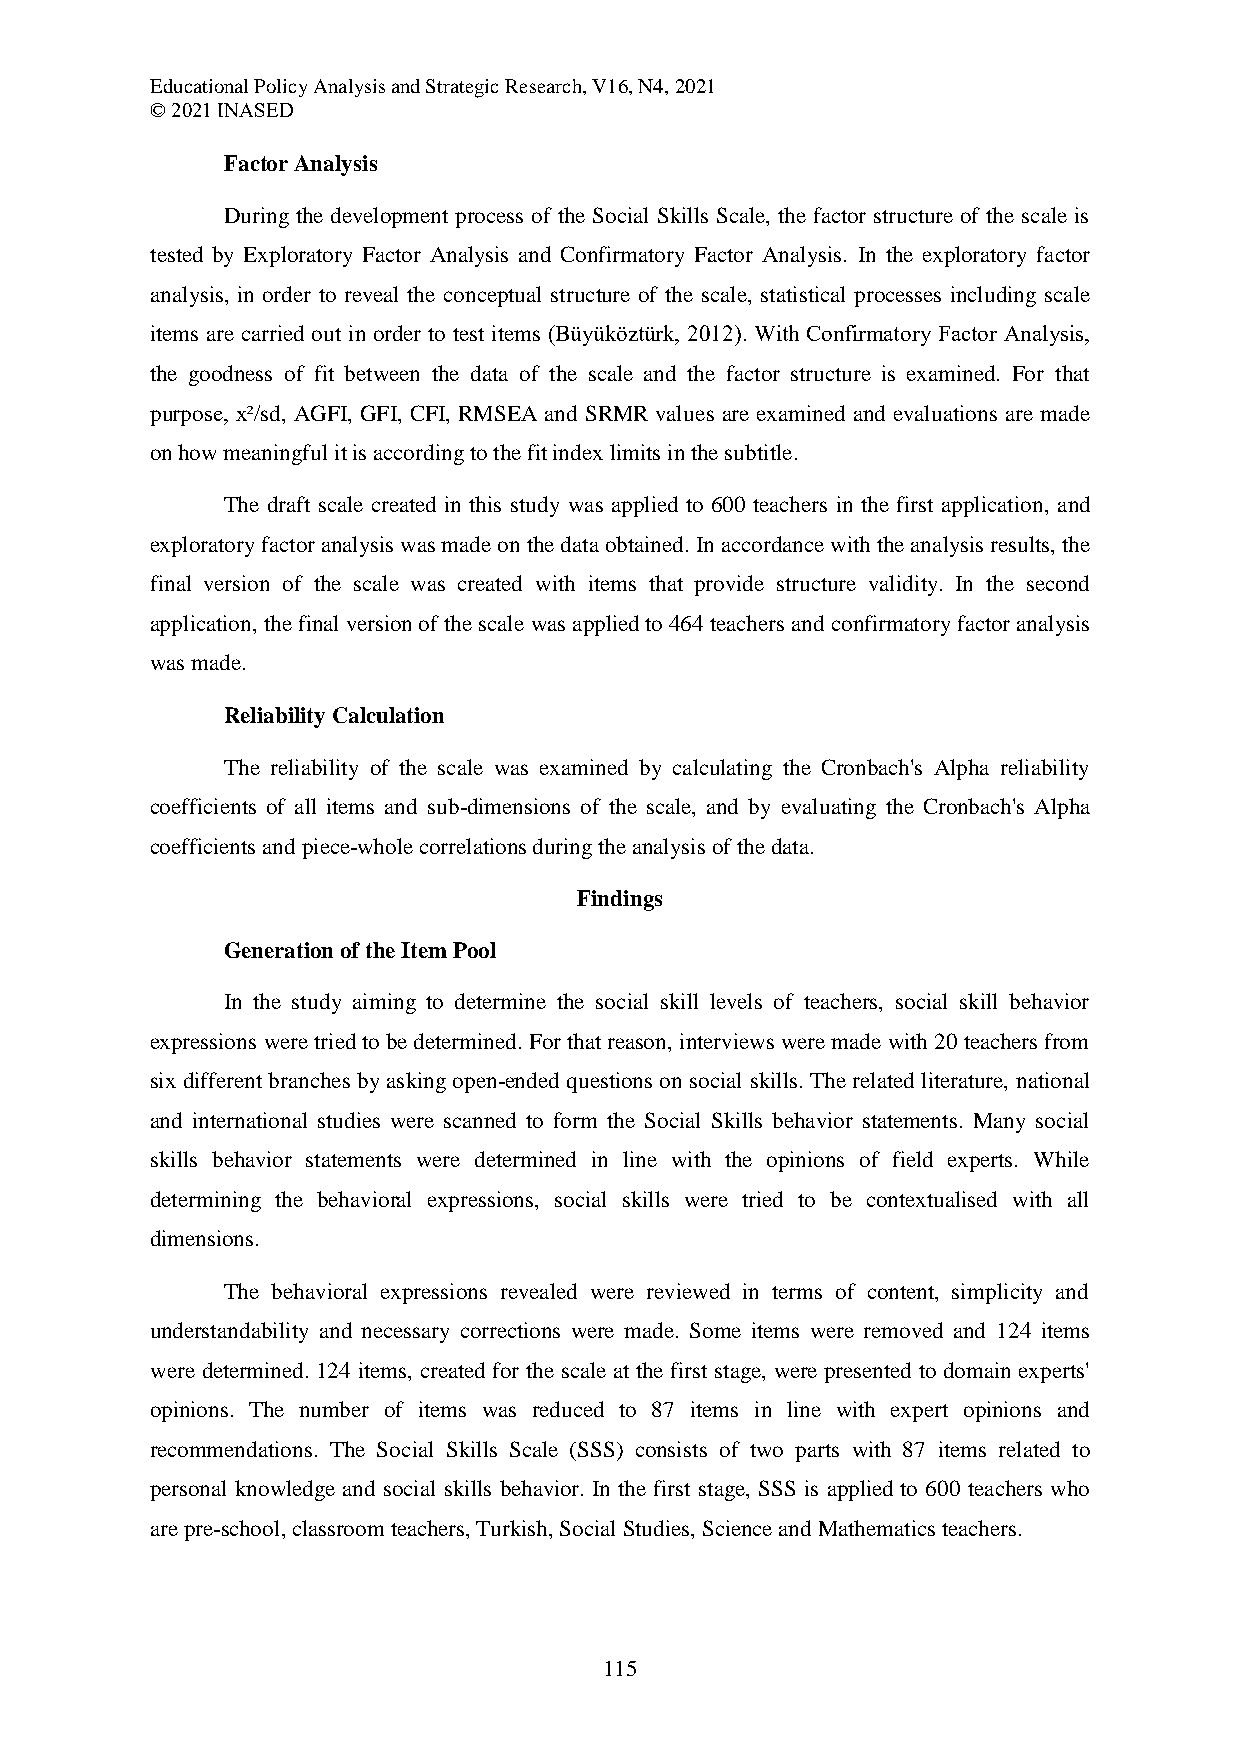
Educational Policy Analysis and Strategic Research, V16, N4, 2021
 © 2021 INASED
 Factor Analysis
 During the development process of the Social Skills Scale, the factor structure of the scale is
 tested by Exploratory Factor Analysis and Confirmatory Factor Analysis. In the exploratory factor
 analysis, in order to reveal the conceptual structure of the scale, statistical processes including scale
 items are carried out in order to test items (Büyüköztürk, 2012). With Confirmatory Factor Analysis,
 the goodness of fit between the data of the scale and the factor structure is examined. For that
 purpose, x²/sd, AGFI, GFI, CFI, RMSEA and SRMR values are examined and evaluations are made
 on how meaningful it is according to the fit index limits in the subtitle.
 The draft scale created in this study was applied to 600 teachers in the first application, and
 exploratory factor analysis was made on the data obtained. In accordance with the analysis results, the
 final version of the scale was created with items that provide structure validity. In the second
 application, the final version of the scale was applied to 464 teachers and confirmatory factor analysis
 was made.
 Reliability Calculation
 The reliability of the scale was examined by calculating the Cronbach's Alpha reliability
 coefficients of all items and sub-dimensions of the scale, and by evaluating the Cronbach's Alpha
 coefficients and piece-whole correlations during the analysis of the data.
 Findings
 Generation of the Item Pool
 In the study aiming to determine the social skill levels of teachers, social skill behavior
 expressions were tried to be determined. For that reason, interviews were made with 20 teachers from
 six different branches by asking open-ended questions on social skills. The related literature, national
 and international studies were scanned to form the Social Skills behavior statements. Many social
 skills behavior statements were determined in line with the opinions of field experts. While
 determining the behavioral expressions, social skills were tried to be contextualised with all
 dimensions.
 The behavioral expressions revealed were reviewed in terms of content, simplicity and
 understandability and necessary corrections were made. Some items were removed and 124 items
 were determined. 124 items, created for the scale at the first stage, were presented to domain experts'
 opinions. The number of items was reduced to 87 items in line with expert opinions and
 recommendations. The Social Skills Scale (SSS) consists of two parts with 87 items related to
 personal knowledge and social skills behavior. In the first stage, SSS is applied to 600 teachers who
 are pre-school, classroom teachers, Turkish, Social Studies, Science and Mathematics teachers.
 115